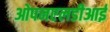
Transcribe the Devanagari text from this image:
ओपनएलडीआई